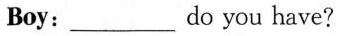
Boy:___do you have?